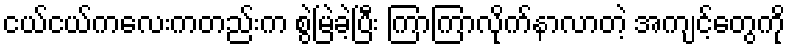
ငယ်ငယ်ကလေးကတည်းက စွဲမြဲခဲ့ပြီး ကြာကြာလိုက်နာလာတဲ့ အကျင့်တွေကို